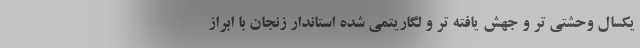
یکسال وحشتی تر و جهش یافته تر و لگاریتمی شده استاندار زنجان با ابراز